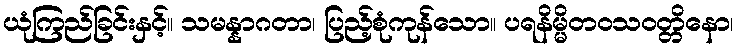
ယုံကြည်ခြင်းနှင့်။ သမန္နာဂတာ၊ ပြည့်စုံကုန်သော။ ပရနိမ္မိတဝသဝတ္တိနော၊